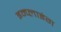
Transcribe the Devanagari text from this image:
इम्प्‍लाइंग